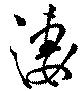
淒